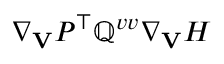
\nabla _ { \mathbf V } P ^ { \top } \mathbb { Q } ^ { v v } \nabla _ { \mathbf V } H